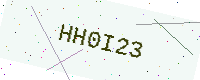
Text: HH0I23